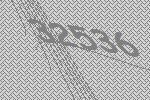
32536